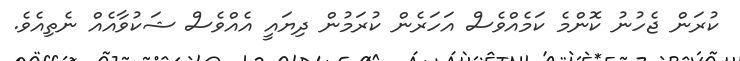
ކުރަން ޖެހުނު ކޮންމެ ކަމެއްވެސް އަހަރެން ކުރަމުން ދިޔައީ އެއްވެސް ޝަކުވާއެއް ނެތިއެވެ.